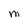
Character: M